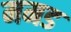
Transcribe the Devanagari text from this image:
ममड